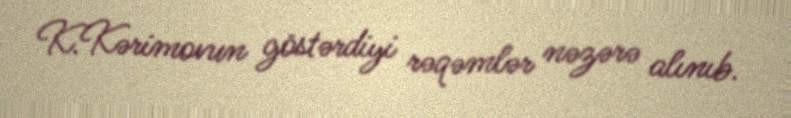
K.Kərimovun göstərdiyi rəqəmlər nəzərə alınıb.